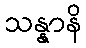
သန္နာနိ